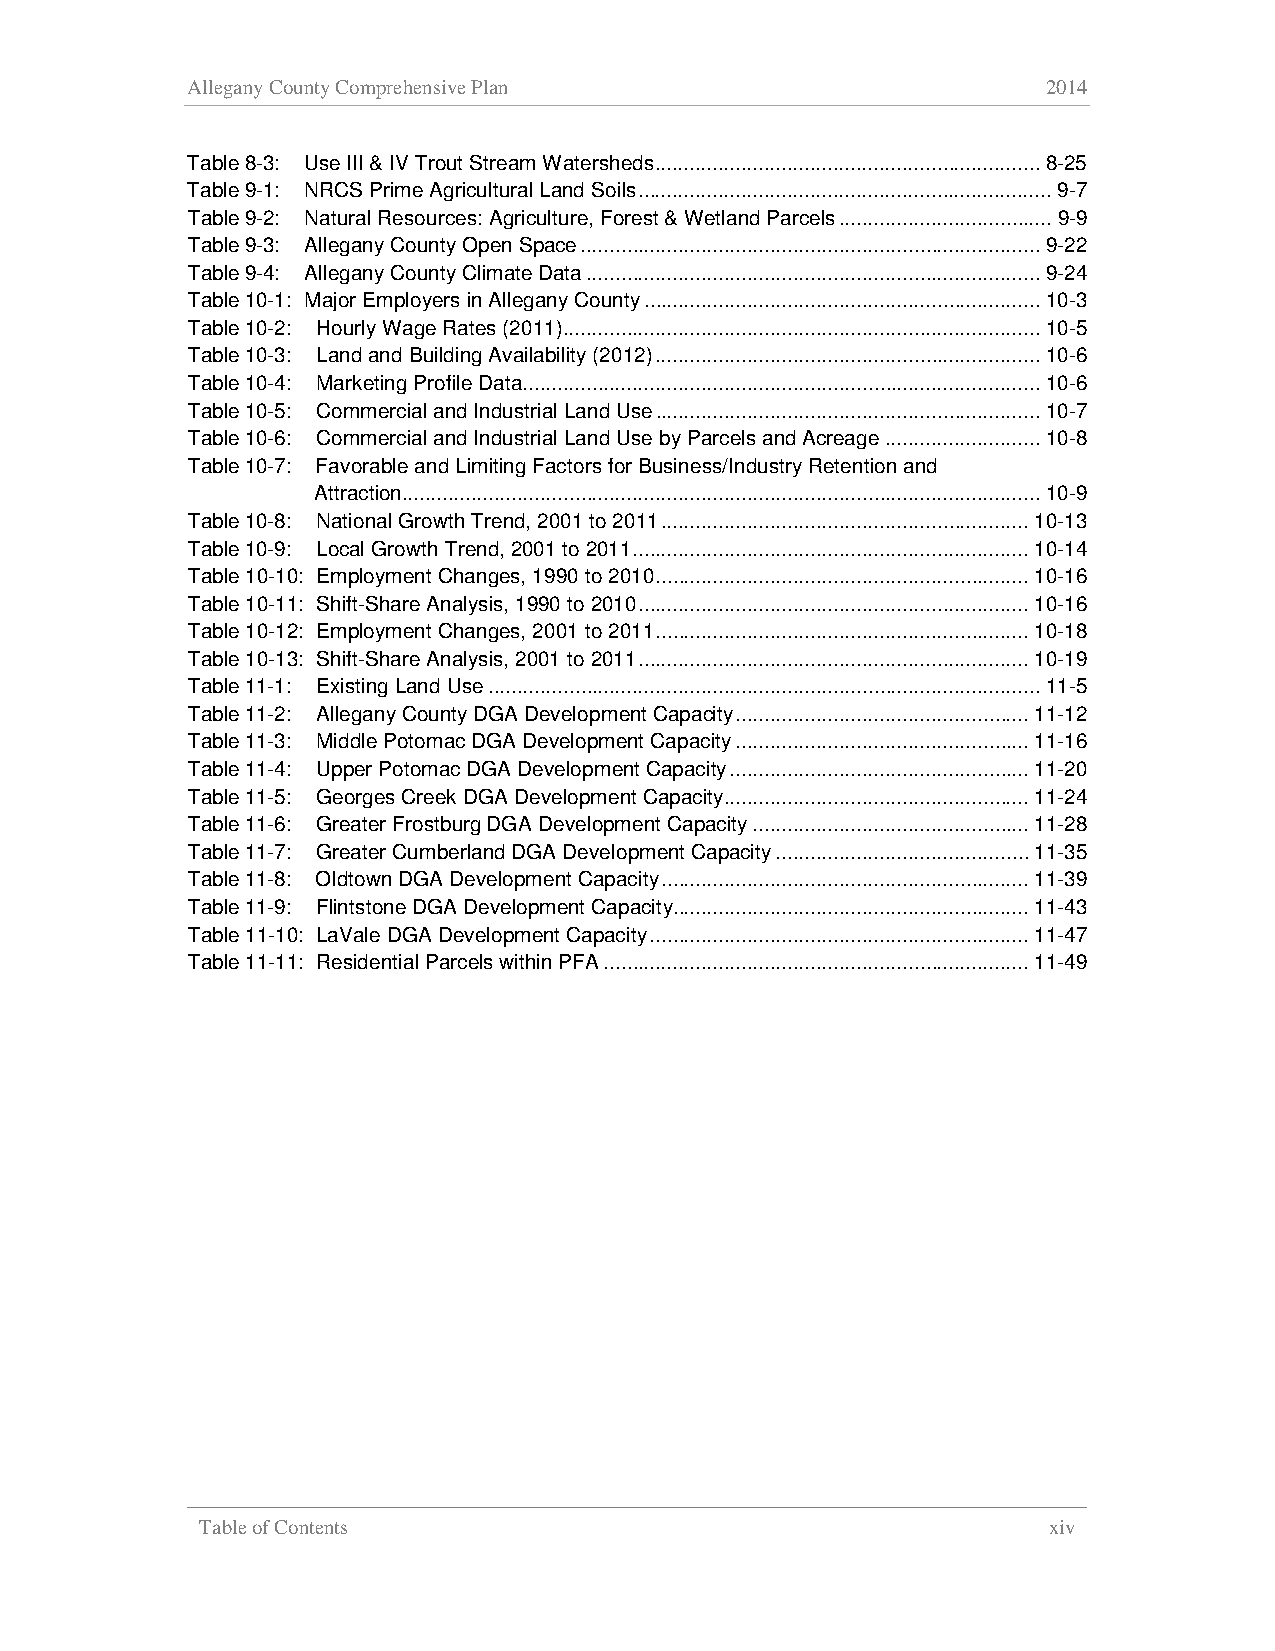
Allegany County Comprehensive Plan                       2014
 Table 8-3: Use III & IV Trout Stream Watersheds ................................................................... 8-25
 Table 9-1: NRCS Prime Agricultural Land Soils ........................................................................ 9-7
 Table 9-2: Natural Resources: Agriculture, Forest & Wetland Parcels ..................................... 9-9
 Table 9-3: Allegany County Open Space ................................................................................ 9-22
 Table 9-4: Allegany County Climate Data ............................................................................... 9-24
 Table 10-1: Major Employers in Allegany County ..................................................................... 10-3
 Table 10-2: Hourly Wage Rates (2011) ................................................................................... 10-5
 Table 10-3: Land and Building Availability (2012) ................................................................... 10-6
 Table 10-4: Marketing Profile Data .......................................................................................... 10-6
 Table 10-5: Commercial and Industrial Land Use ................................................................... 10-7
 Table 10-6: Commercial and Industrial Land Use by Parcels and Acreage ........................... 10-8
 Table 10-7: Favorable and Limiting Factors for Business/Industry Retention and
 Attraction............................................................................................................... 10-9
 Table 10-8: National Growth Trend, 2001 to 2011 ................................................................ 10-13
 Table 10-9: Local Growth Trend, 2001 to 2011 ..................................................................... 10-14
 Table 10-10: Employment Changes, 1990 to 2010 ................................................................. 10-16
 Table 10-11: Shift-Share Analysis, 1990 to 2010 .................................................................... 10-16
 Table 10-12: Employment Changes, 2001 to 2011 ................................................................. 10-18
 Table 10-13: Shift-Share Analysis, 2001 to 2011 .................................................................... 10-19
 Table 11-1: Existing Land Use ................................................................................................ 11-5
 Table 11-2: Allegany County DGA Development Capacity ................................................... 11-12
 Table 11-3: Middle Potomac DGA Development Capacity ................................................... 11-16
 Table 11-4: Upper Potomac DGA Development Capacity .................................................... 11-20
 Table 11-5: Georges Creek DGA Development Capacity ..................................................... 11-24
 Table 11-6: Greater Frostburg DGA Development Capacity ................................................ 11-28
 Table 11-7: Greater Cumberland DGA Development Capacity ............................................ 11-35
 Table 11-8: Oldtown DGA Development Capacity ................................................................ 11-39
 Table 11-9: Flintstone DGA Development Capacity.............................................................. 11-43
 Table 11-10: LaVale DGA Development Capacity .................................................................. 11-47
 Table 11-11: Residential Parcels within PFA .......................................................................... 11-49
 Table of Contents                                       xiv